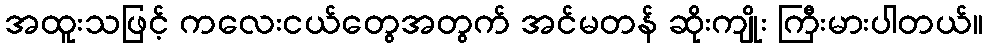
အထူးသဖြင့် ကလေးငယ်တွေအတွက် အင်မတန် ဆိုးကျိုး ကြီးမားပါတယ်။